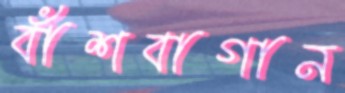
বাঁশবাগান